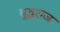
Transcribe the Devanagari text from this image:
बुद्धराज